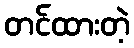
တင်ထားတဲ့